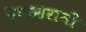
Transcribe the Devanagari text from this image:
एैषआरामी